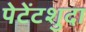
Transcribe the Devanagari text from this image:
पेटेंटशुदा